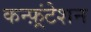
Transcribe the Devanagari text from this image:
कन्फ़्रंटेशन